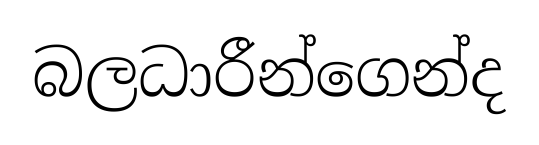
බලධාරීන්ගෙන්ද